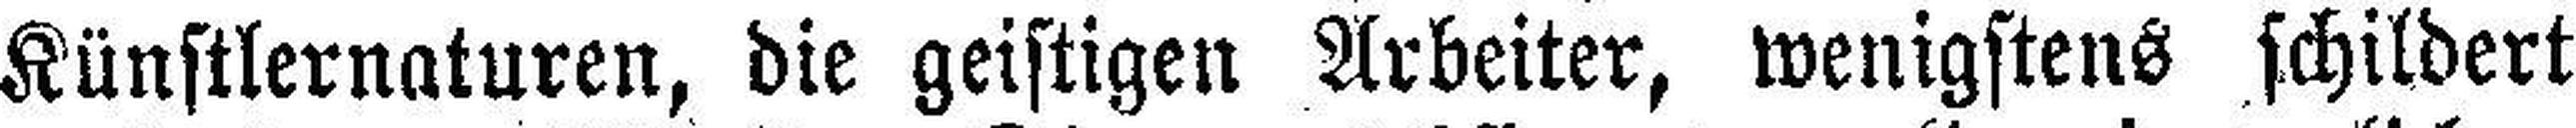
Künstlernaturen, die geistigen Arbeiter, wenigstens schildert